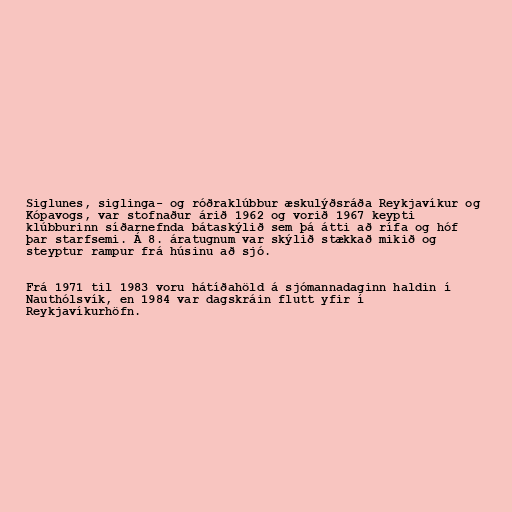
Siglunes, siglinga- og róðraklúbbur æskulýðsráða Reykjavíkur og
Kópavogs, var stofnaður árið 1962 og vorið 1967 keypti
klúbburinn síðarnefnda bátaskýlið sem þá átti að rífa og hóf
þar starfsemi. Á 8. áratugnum var skýlið stækkað mikið og
steyptur rampur frá húsinu að sjó.

Frá 1971 til 1983 voru hátíðahöld á sjómannadaginn haldin í
Nauthólsvík, en 1984 var dagskráin flutt yfir í
Reykjavíkurhöfn.